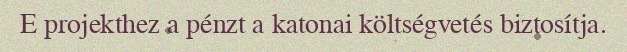
E projekthez a pénzt a katonai költségvetés biztosítja.